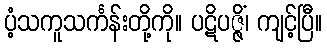
ပံ့သကူသင်္ကန်းတို့ကို။ ပဋိပဇ္ဇိံ၊ ကျင့်ပြီ။